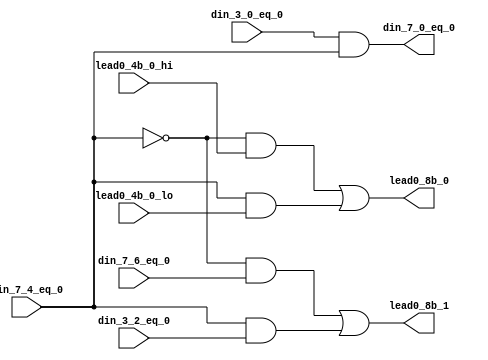
module fpu_cnt_lead0_lvl2 (
	din_7_4_eq_0,
	din_7_6_eq_0,
	lead0_4b_0_hi,
	din_3_0_eq_0,
	din_3_2_eq_0,
	lead0_4b_0_lo,
	din_7_0_eq_0,
	lead0_8b_1,
	lead0_8b_0
);
input		din_7_4_eq_0;		
input		din_7_6_eq_0;		
input		lead0_4b_0_hi;		
input		din_3_0_eq_0;		
input		din_3_2_eq_0;		
input		lead0_4b_0_lo;		
output		din_7_0_eq_0;		
output		lead0_8b_1;		
output		lead0_8b_0;		
wire		din_7_0_eq_0;
wire		lead0_8b_1;
wire		lead0_8b_0;
assign din_7_0_eq_0= din_3_0_eq_0 && din_7_4_eq_0;
assign lead0_8b_1= ((!din_7_4_eq_0) && din_7_6_eq_0)
		|| (din_7_4_eq_0 && din_3_2_eq_0);
assign lead0_8b_0= ((!din_7_4_eq_0) && lead0_4b_0_hi)
		|| (din_7_4_eq_0 && lead0_4b_0_lo);
endmodule